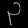
Digit: ၃